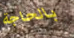
بالحاجة